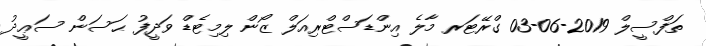
ތަފްސީލް 2019-06-03 ގްރޭޓަރ މާލެ އިންޑަސްޓްރިއަލް ޒޯން ލިމިޓެޑް ވަދީފު ޙަސަން ސަޢީދު